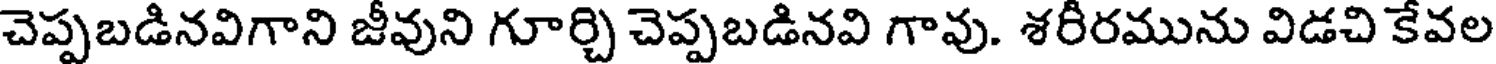
చెప్పబడినవిగాని జీవుని గూర్చి చెప్పబడినవి గావు. శరీరమును విడచి కేవల